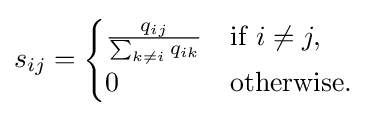
s_{ij}={\begin{cases}{\frac {q_{ij}}{\sum _{k\neq i}q_{ik}}}&{\text{if }}i\neq j,\\0&{\text{otherwise}}.\end{cases}}